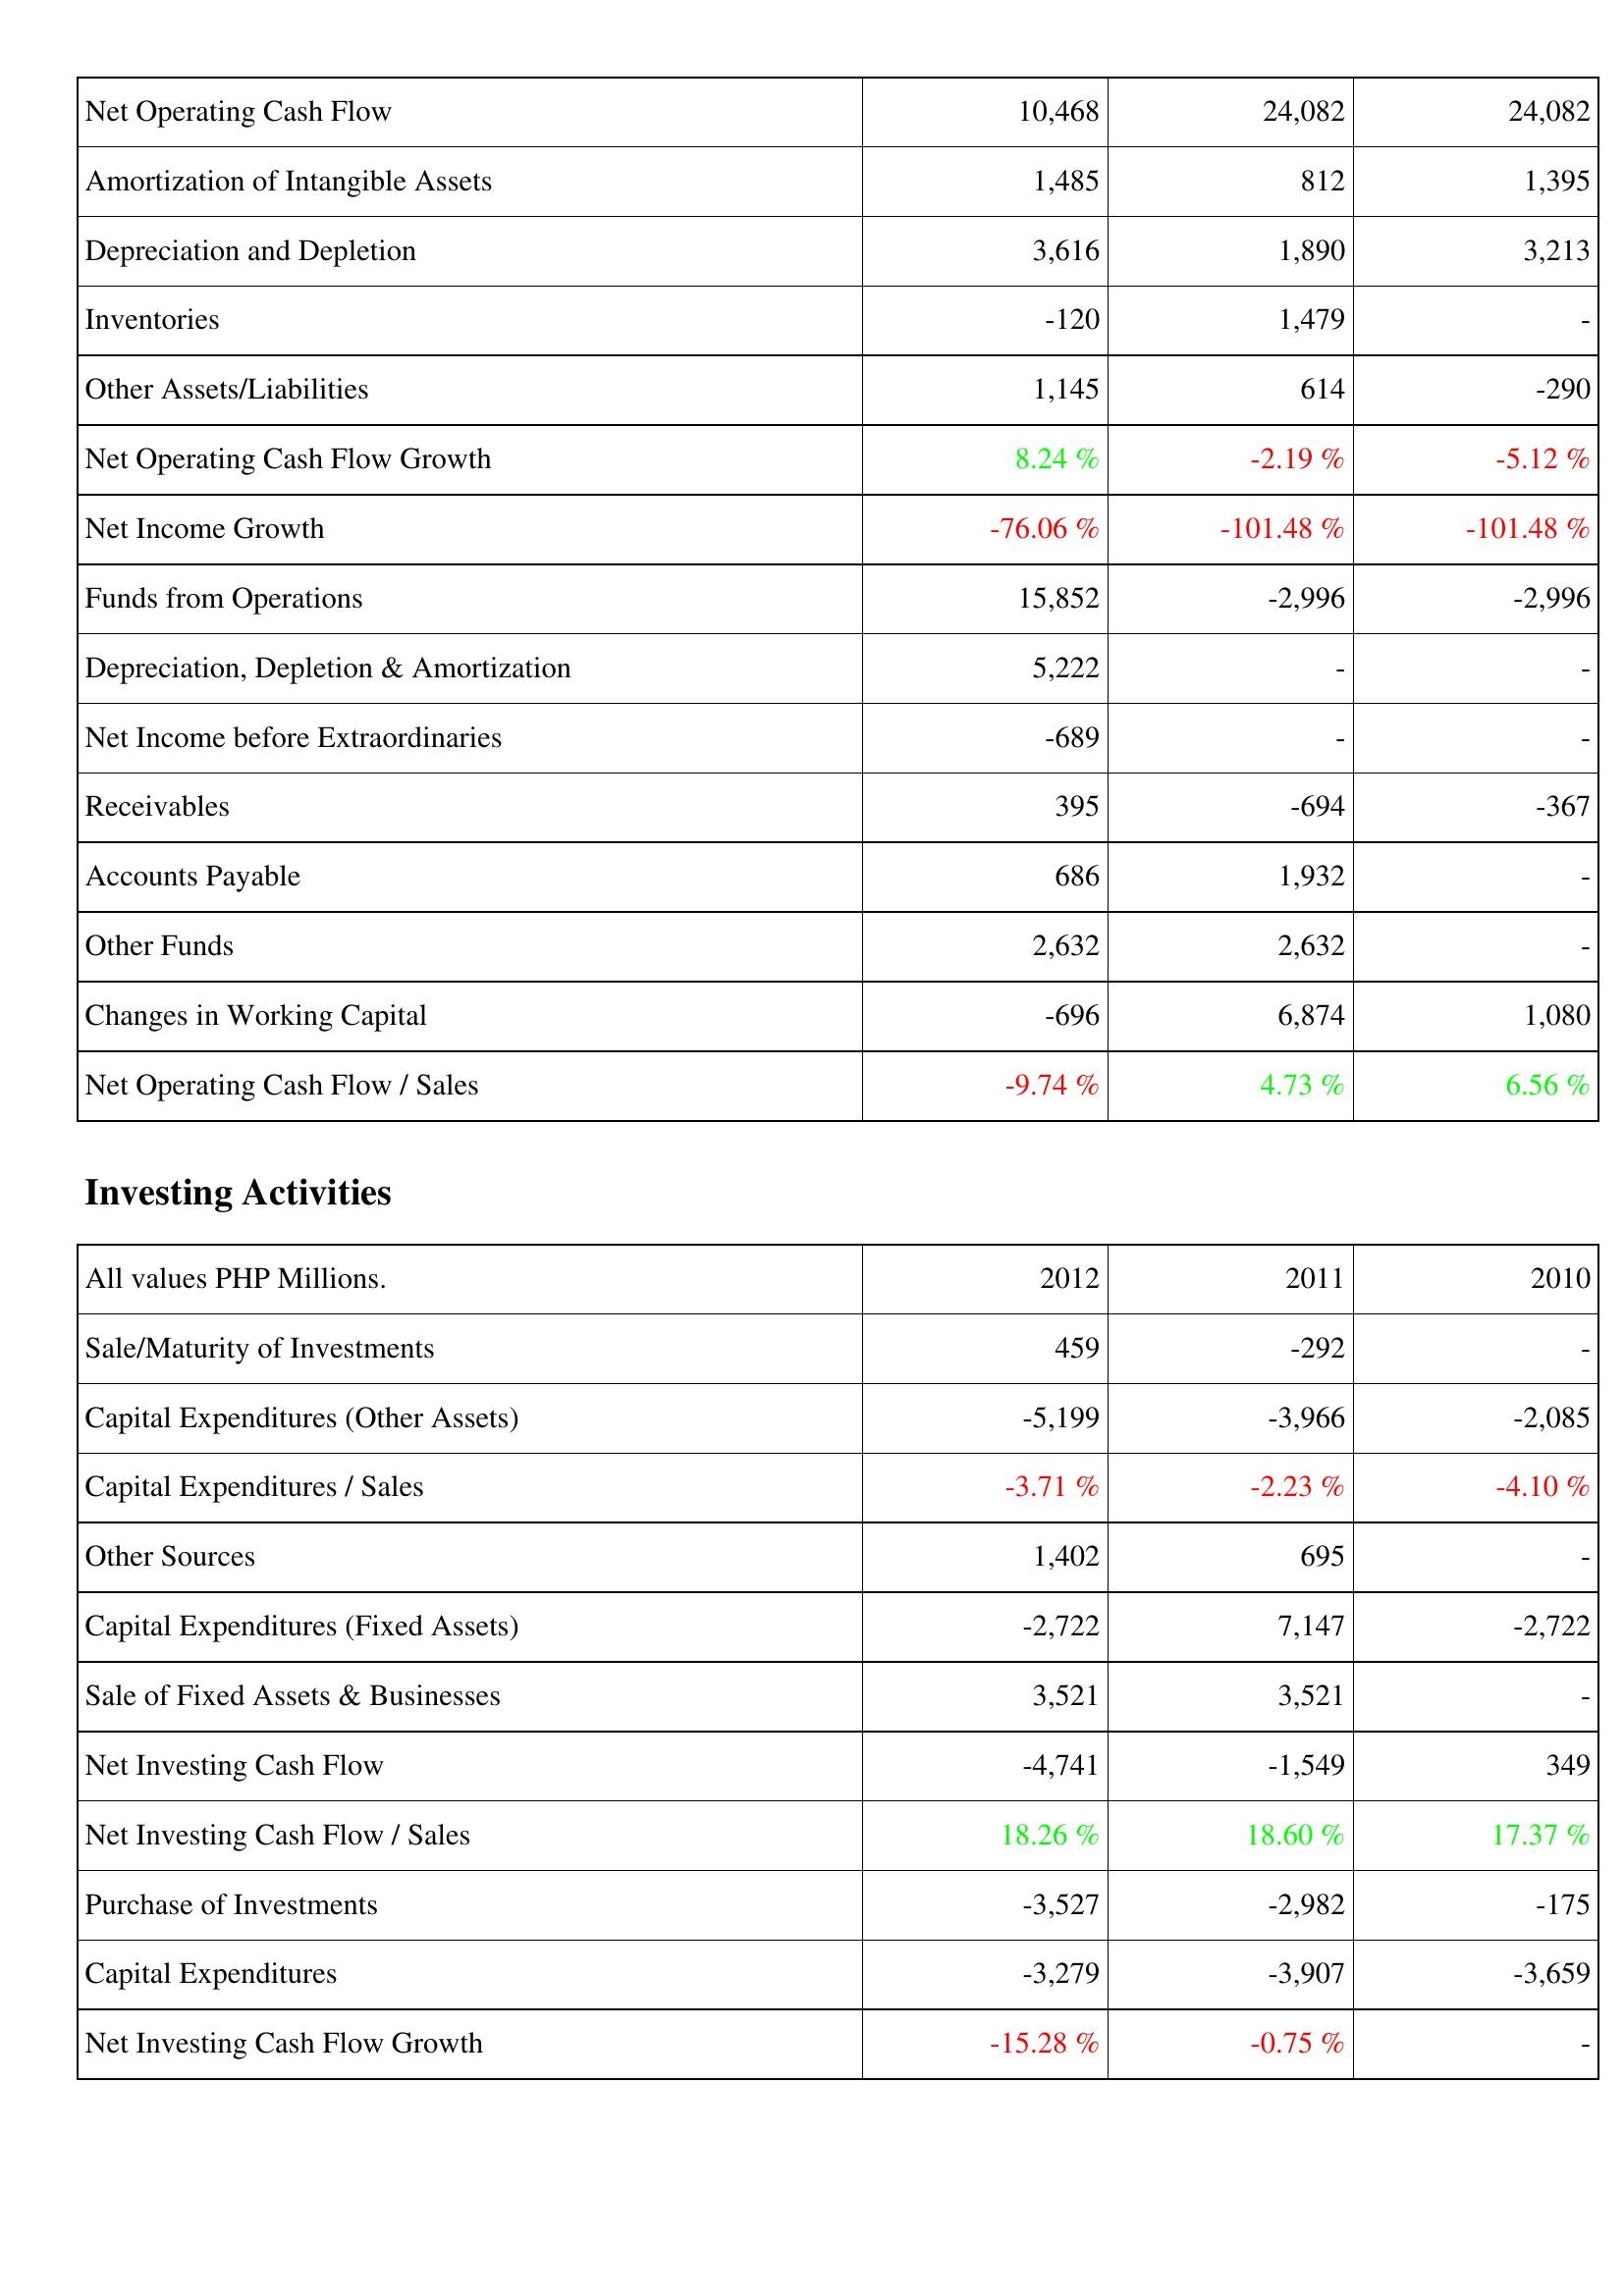
2012: Operating Activities: Net Operating Cash Flow: 10,468
Amortization of Intangible Assets: 1,485
Depreciation and Depletion: 3,616
Inventories: -120
Other Assets/Liabilities: 1,145
Net Operating Cash Flow Growth: 8.24 %
Net Income Growth: -76.06 %
Funds from Operations: 15,852
Depreciation, Depletion & Amortization: 5,222
Net Income before Extraordinaries: -689
Receivables: 395
Accounts Payable: 686
Other Funds: 2,632
Changes in Working Capital: -696
Net Operating Cash Flow / Sales: -9.74 %
Investing Activities: Sale/Maturity of Investments: 459
Capital Expenditures (Other Assets): -5,199
Capital Expenditures / Sales: -3.71 %
Other Sources: 1,402
Capital Expenditures (Fixed Assets): -2,722
Sale of Fixed Assets & Businesses: 3,521
Net Investing Cash Flow: -4,741
Net Investing Cash Flow / Sales: 18.26 %
Purchase of Investments: -3,527
Capital Expenditures: -3,279
Net Investing Cash Flow Growth: -15.28 %
2011: Operating Activities: Net Operating Cash Flow: 24,082
Amortization of Intangible Assets: 812
Depreciation and Depletion: 1,890
Inventories: 1,479
Other Assets/Liabilities: 614
Net Operating Cash Flow Growth: -2.19 %
Net Income Growth: -101.48 %
Funds from Operations: -2,996
Depreciation, Depletion & Amortization: -
Net Income before Extraordinaries: -
Receivables: -694
Accounts Payable: 1,932
Other Funds: 2,632
Changes in Working Capital: 6,874
Net Operating Cash Flow / Sales: 4.73 %
Investing Activities: Sale/Maturity of Investments: -292
Capital Expenditures (Other Assets): -3,966
Capital Expenditures / Sales: -2.23 %
Other Sources: 695
Capital Expenditures (Fixed Assets): 7,147
Sale of Fixed Assets & Businesses: 3,521
Net Investing Cash Flow: -1,549
Net Investing Cash Flow / Sales: 18.60 %
Purchase of Investments: -2,982
Capital Expenditures: -3,907
Net Investing Cash Flow Growth: -0.75 %
2010: Operating Activities: Net Operating Cash Flow: 24,082
Amortization of Intangible Assets: 1,395
Depreciation and Depletion: 3,213
Inventories: -
Other Assets/Liabilities: -290
Net Operating Cash Flow Growth: -5.12 %
Net Income Growth: -101.48 %
Funds from Operations: -2,996
Depreciation, Depletion & Amortization: -
Net Income before Extraordinaries: -
Receivables: -367
Accounts Payable: -
Other Funds: -
Changes in Working Capital: 1,080
Net Operating Cash Flow / Sales: 6.56 %
Investing Activities: Sale/Maturity of Investments: -
Capital Expenditures (Other Assets): -2,085
Capital Expenditures / Sales: -4.10 %
Other Sources: -
Capital Expenditures (Fixed Assets): -2,722
Sale of Fixed Assets & Businesses: -
Net Investing Cash Flow: 349
Net Investing Cash Flow / Sales: 17.37 %
Purchase of Investments: -175
Capital Expenditures: -3,659
Net Investing Cash Flow Growth: -